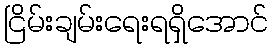
ငြိမ်းချမ်းရေးရရှိအောင်